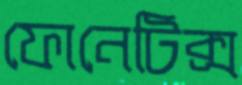
ফোনেটিক্স